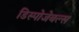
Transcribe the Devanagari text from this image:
डिस्पोजेबल्स